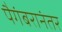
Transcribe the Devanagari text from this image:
पैगंबरानंतर